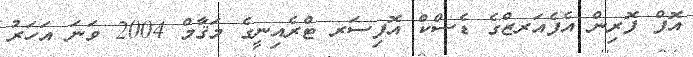
އޮފް ފޮރިން އެފެއަރޒްގެ ޑެސްކް އޮފިސަރ ޓްރެއިނީގެ މަޤާމް 2004 ވަނަ އަހަރު